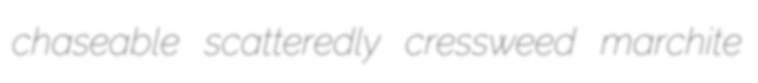
chaseable scatteredly cressweed marchite